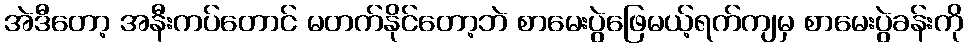
အဲဒီတော့ အနီးကပ်တောင် မတက်နိုင်တော့ဘဲ စာမေးပွဲဖြေမယ့်ရက်ကျမှ စာမေးပွဲခန်းကို